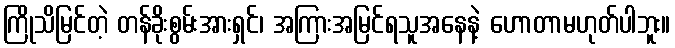
ကြိုသိမြင်တဲ့ တန်ခိုးစွမ်းအားရှင်၊ အကြားအမြင်ရသူအနေနဲ့ ဟောတာမဟုတ်ပါဘူး။